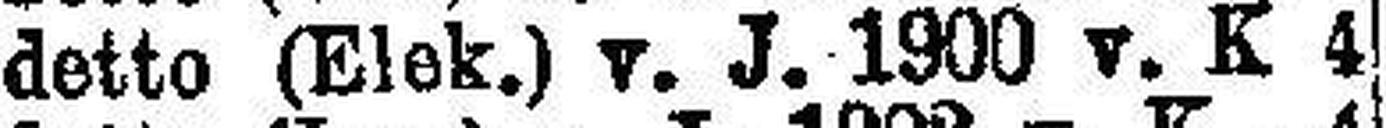
detto (Elek.) v. J. 1900 v. K 4